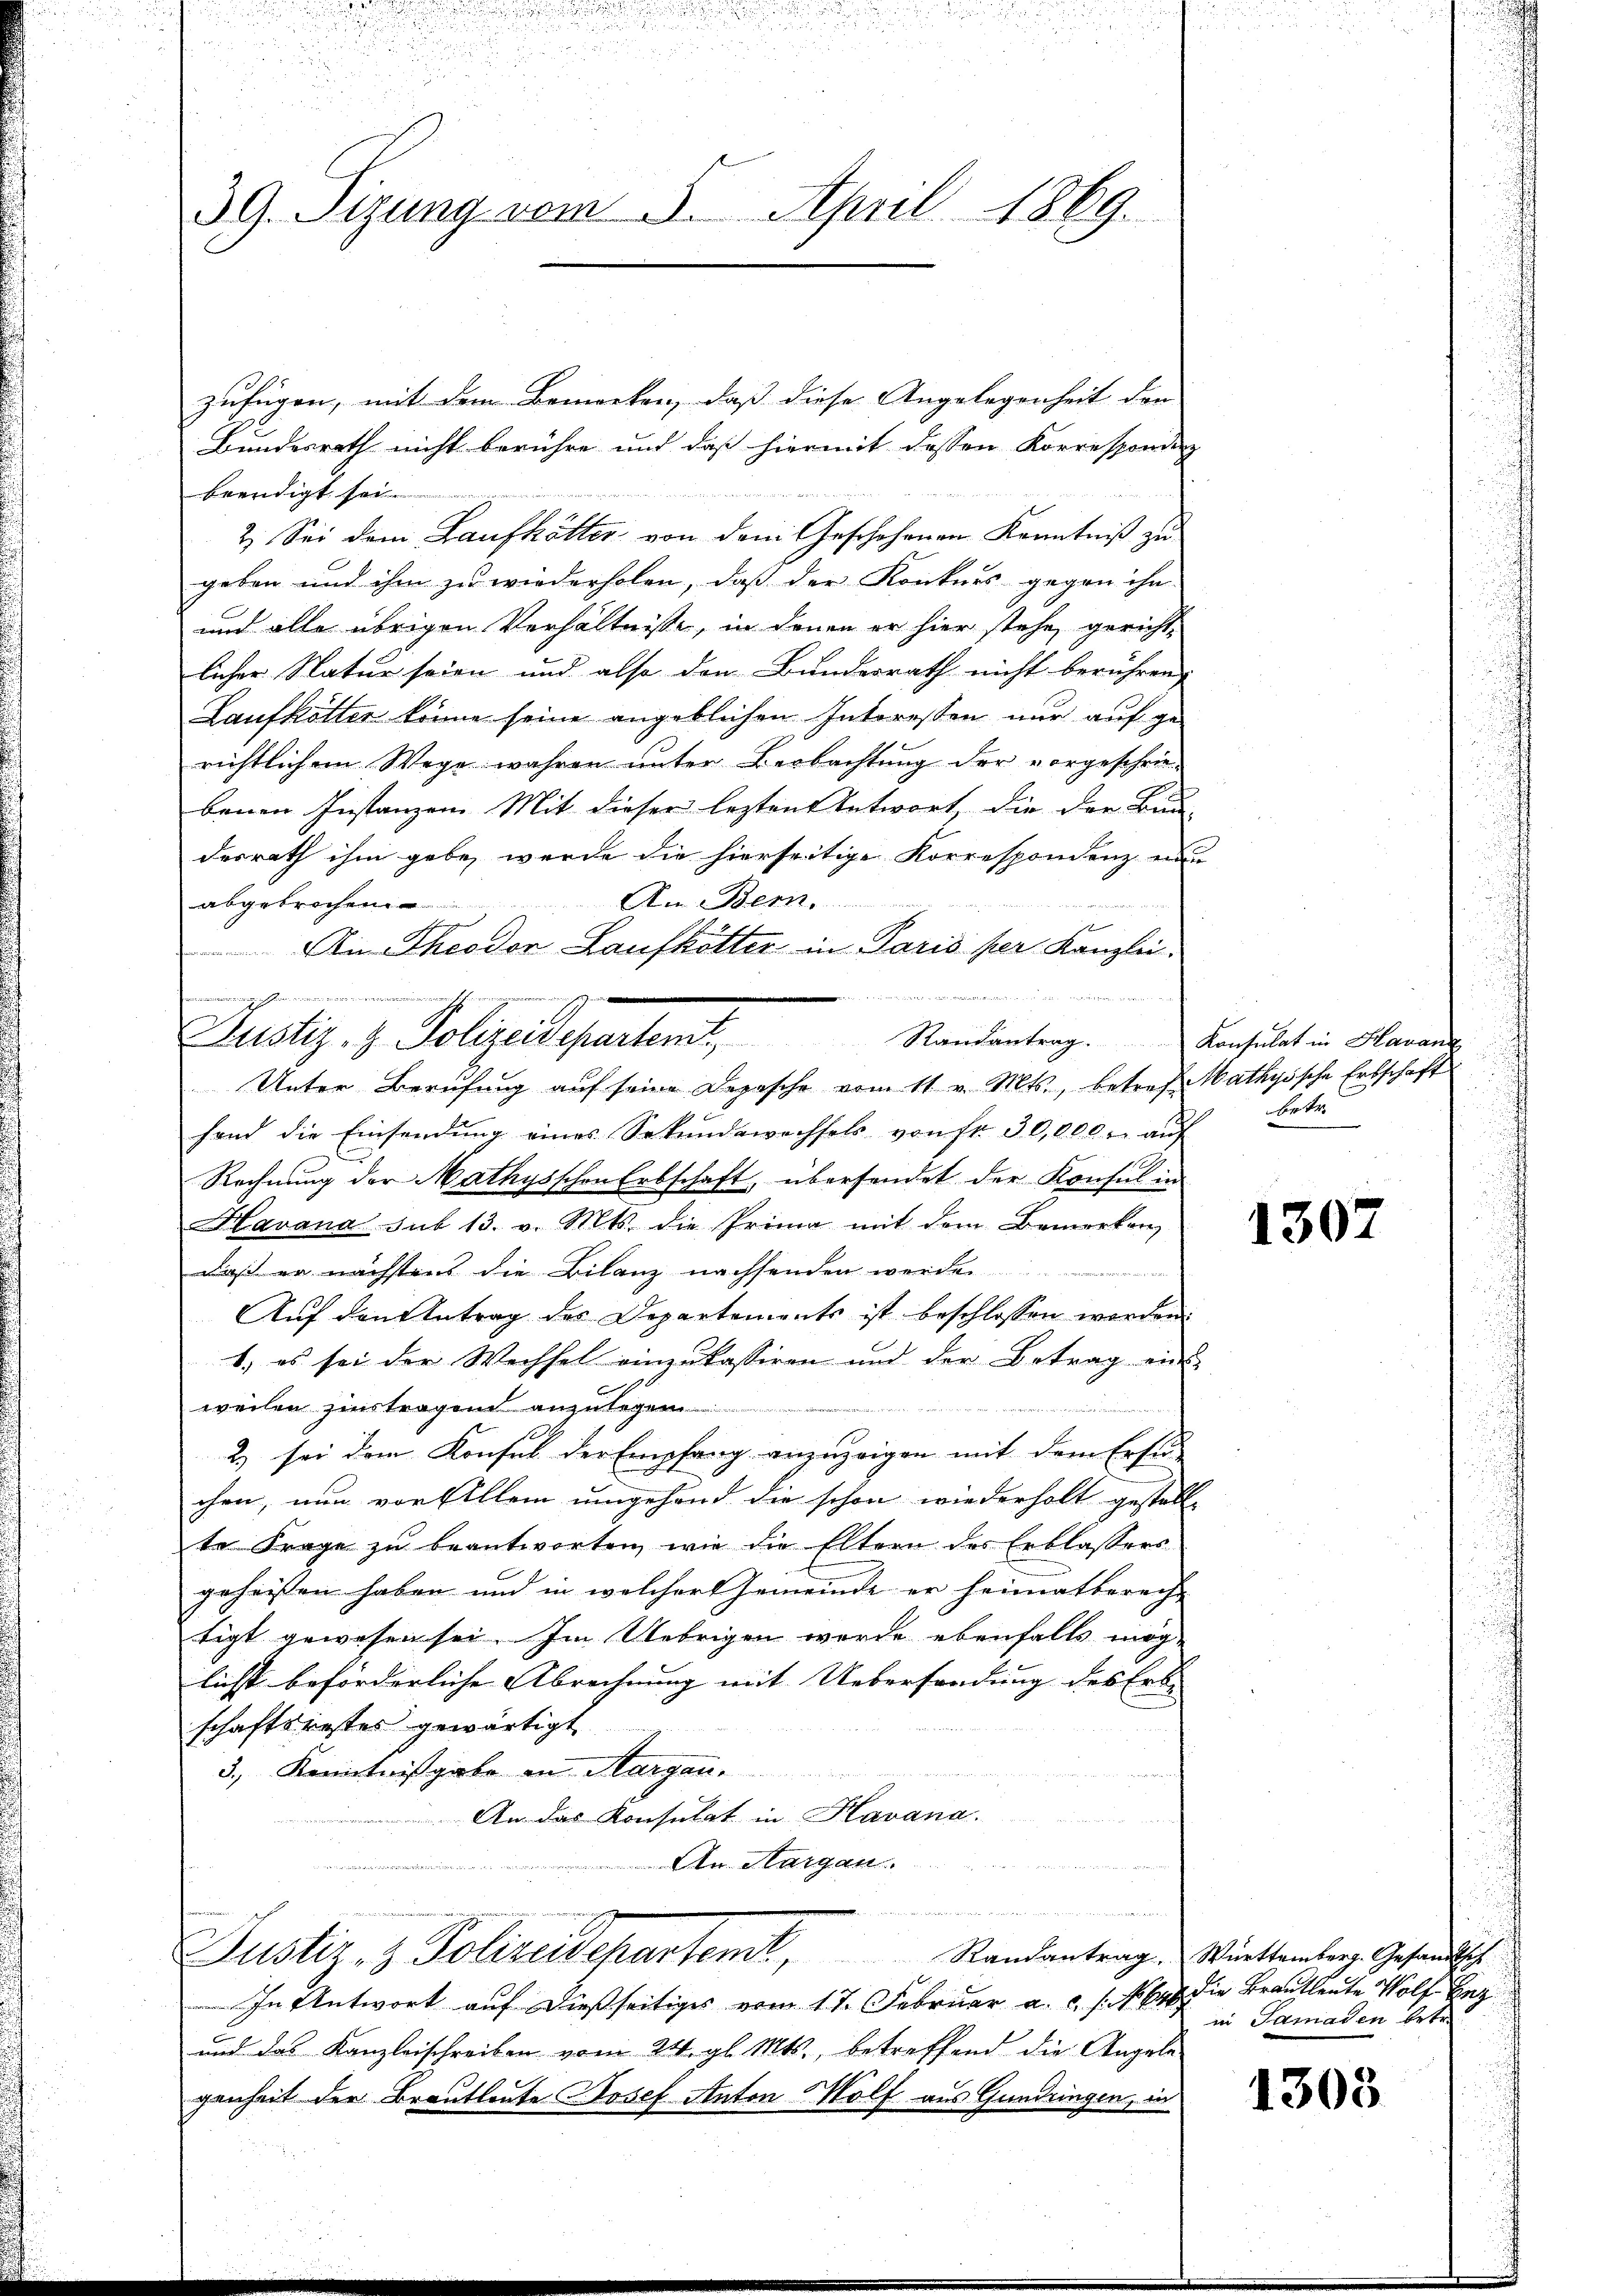
39. Sizung vom 5. April 1869.

e

Justiz- & Polizeidepartent, Randantrag. Konsulat in Alemand
Unter Berufung auf seine Depesche vom 11 v. Mts., betref Mathyssche Erbschaft

zufügen, mit dem Bemerken, daß diese Angelegenheit den
Bundesrath nicht berühre und daß hiermit dessen Korresponden
beendigt sei.
2. Sei dem Laufkötter von dem Geschehenen Kenntniß zu
geben und ihm zu wiederholen, daß der Konkurs gegen ihn
und alle übrigen Verhältnisse, in denen er hier stehe, gericht
licher Natur seien und also den Bundesrath nicht berühren,
Laufkötter könne seine angeblichen Interessen nur auf ge-
richtlichen Wege wahren unter Beobachtung der vorgeschrie-
benen Instanzen Mit dieser lezten Antwort, die der Bun-
desrath ihm gebe, werde die hierseitige Korrespondenz nun
 . . .
abgebrochen
Ain Theodor Laufkötter in Paris per Kanzlei-
fand die Einsendung eines Sekundewechsels von fr. 30,000. aŭf
Rechnung der Mathysschen Erbschaft, übersendet der Konsul in
Havana sub 13. v. Mts. die Prima mit dem Bemerken
daß er nächstens die Bilanz nachsenden werden
Aŭf den Antrag des Departements ist beschlossen werden.
1. es sei der Wechsel einzukassiren und der Betrag ei
d
weilen zinstragend anzulegen
2.) sei dem Konsul der Empfang anzuzeigen mit dem Ersu-
chen, nun vor Allem umgehend die schon wiederholt gestell-
te Frage zu beantworten, wie die Eltern des Erblassers
geheissen haben und in welcher Gemeinde er heimatberecht |
tigt gewesen sei. Im Uebrigen werde ebenfalls mög-
licht beförderliche Abrechnung mit Uebersendung des Erb- |
schaftsrestes gewärtigt
3., Kenntnißgabe in Margau.
An das Konsulat in Havana.
An Margau.
.
Justiz- & Polizeidepartemt, Randantrag - Württember Gesandtsch
In Antwort auf dießseitiges vom 17. Februar a. ..  .   die Brautleute Wolf bez
und das Kanzleischreiben vom 24. gl. Mts., betreffend die Angele
genheit der Brautleute Josef Anton Wolf aus Gundringen, in

Bete

1302

in Samaden betr.

1303